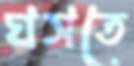
ঘসতে